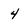
Character: 4